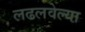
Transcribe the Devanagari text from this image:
लढलवेल्या